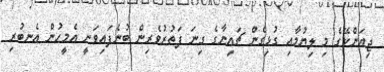
ޖިއަންކޭގެ މި ލިޔުމާއި ގުޅިގެން ޗައިނާގެ ގިނަ ފަތުރުވެރިން ބުނެފައިވަނީ އެމީހުން އެނބުރި